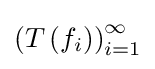
\left(T\left(f_{i}\right)\right)_{i=1}^{\infty }